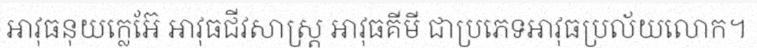
អាវុធនុយក្លេអ៊ែ អាវុធជីវសាស្ត្រ អាវុធគីមី ជាប្រភេទអាវុធប្រល័យលោក។